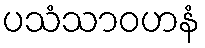
ပသံသာဝဟနံ